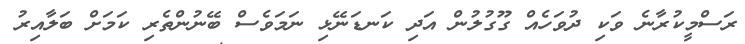
ރަސްމީކުރާނެ ވަކި ދުވަހެއް ގޫގުލުން އަދި ކަނޑަނޭޅި ނަމަވެސް ބޭނުންތެރި ކަމަށް ބަލާއިރު